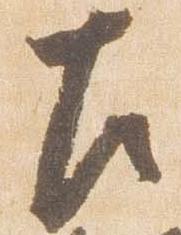
左